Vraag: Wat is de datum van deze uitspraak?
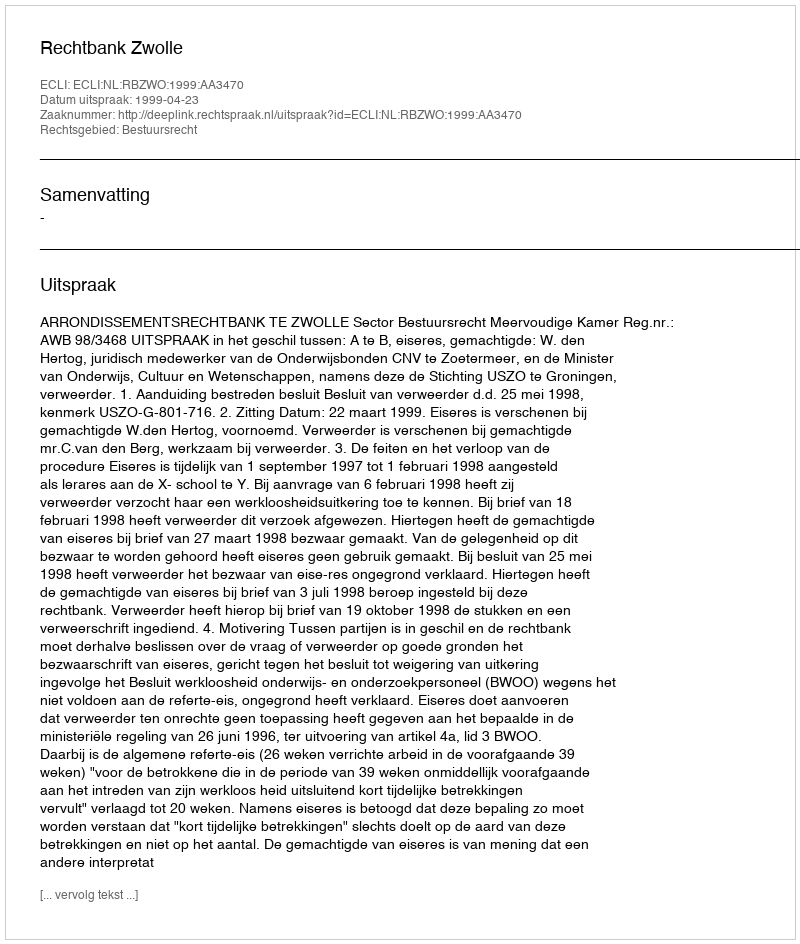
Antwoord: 1999-04-23